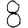
Digit: 8